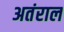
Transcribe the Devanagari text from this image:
अतंराल